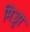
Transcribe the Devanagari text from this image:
मिड्ढा